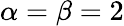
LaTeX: \alpha=\beta=2